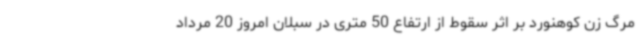
مرگ زن کوهنورد بر اثر سقوط از ارتفاع 50 متری در سبلان امروز 20 مرداد